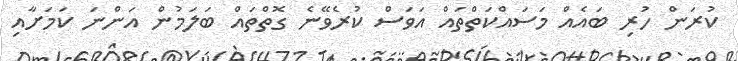
ކުރަން ހުރި ބައެއް މަސައްކަތްތައް އަވަސް ކުރެވޭނެ ގޮތްތައް ބަލަމުން އަންނަ ކަމަށާއި